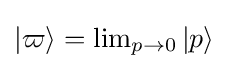
{\textstyle |\varpi \rangle =\lim _{p\to 0}|p\rangle }